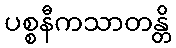
ပစ္စနီကသာတန္တိ